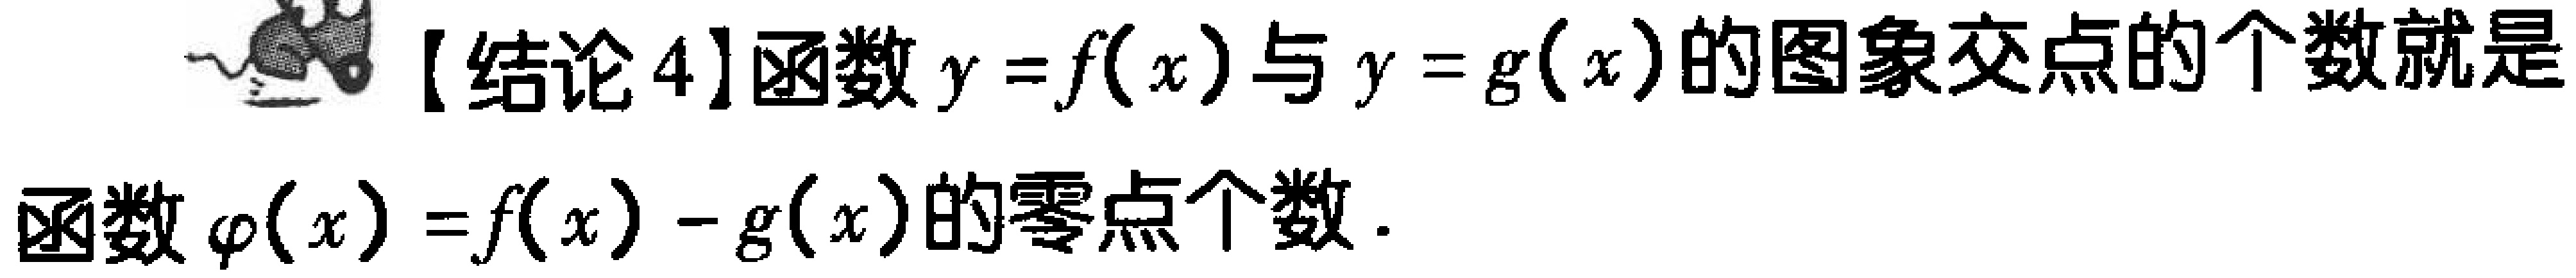
【结论4】函数\(y = f(x)\)与\(y = g(x)\)的图象交点的个数就是

函数\(\varphi(x)=f(x)-g(x)\)的零点个数.